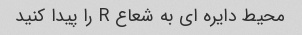
محیط دایره ای به شعاع R را پیدا کنید